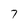
Character: 7